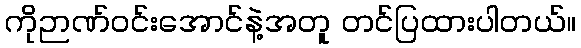
ကိုဉာဏ်ဝင်းအောင်နဲ့အတူ တင်ပြထားပါတယ်။